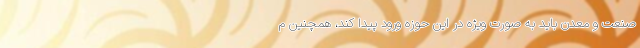
صنعت و معدن باید به صورت ویژه در این حوزه ورود پیدا کند، همچنین م